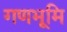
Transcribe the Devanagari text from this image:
गणभूमि